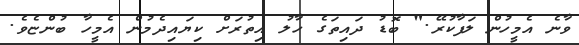
ވާނެ އެމީހުން ލަފާކުރޭ." ބޮޑު ދައިތަގެ ހާލު އިތުރަށް ކިޔައިދެމުން އެމީހާ ބުންޏެވެ.